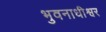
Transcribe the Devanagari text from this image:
भुवनाधीश्वर